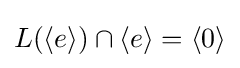
L(\langle e\rangle )\cap \langle e\rangle =\langle 0\rangle